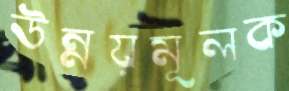
উন্নয়মূলক